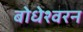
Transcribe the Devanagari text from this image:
बोधेश्वरन